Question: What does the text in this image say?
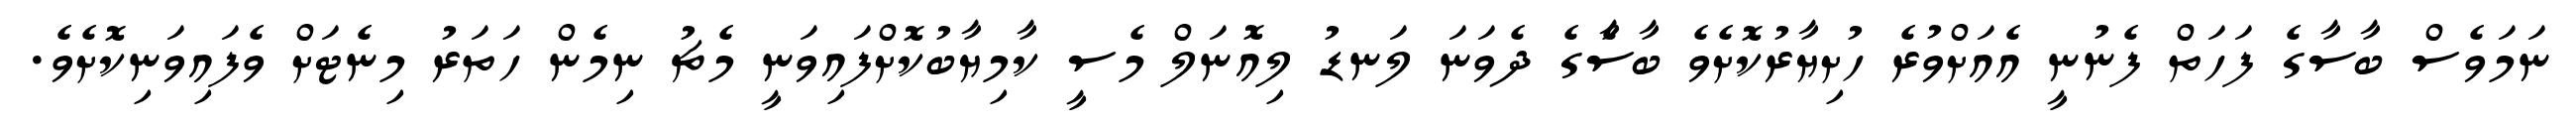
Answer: ނަމަވެސް ބާސާގެ ފަހަތް ފެނުނީ އެއަށްވުރެ ހުށިޔާރުކޮށެވެ ބާސާެގެ ދެވަނަ ލަނޑު ލިއޮނަލް މެސީ ކާމިޔާބުކޮށްފައިވަނީ މެޗު ނިމެން ހަތަރު މިނެޓަށް ވެފައިވަނިކޮށެވެ.